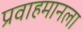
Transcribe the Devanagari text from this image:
प्रवाहमानला